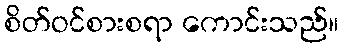
စိတ်ဝင်စားစရာ ကောင်းသည်။